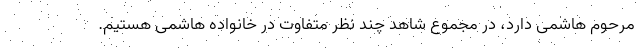
مرحوم هاشمی دارد، در مجموع شاهد چند نظر متفاوت در خانواده هاشمی هستیم.